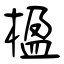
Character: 楹